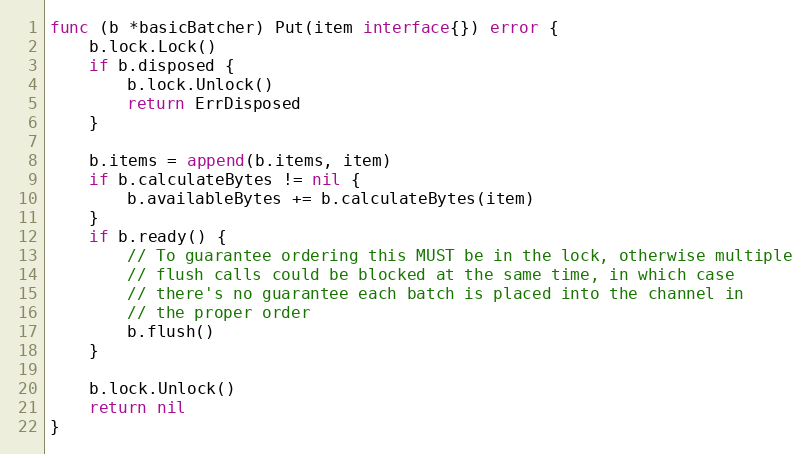
Language: Go
func (b *basicBatcher) Put(item interface{}) error {
	b.lock.Lock()
	if b.disposed {
		b.lock.Unlock()
		return ErrDisposed
	}

	b.items = append(b.items, item)
	if b.calculateBytes != nil {
		b.availableBytes += b.calculateBytes(item)
	}
	if b.ready() {
		// To guarantee ordering this MUST be in the lock, otherwise multiple
		// flush calls could be blocked at the same time, in which case
		// there's no guarantee each batch is placed into the channel in
		// the proper order
		b.flush()
	}

	b.lock.Unlock()
	return nil
}